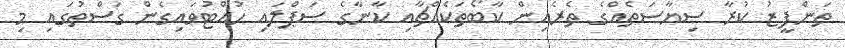
ތަންފީޒު ކުރާ ސިޔާސަތެއްގެ ތެރެއިން ކާބޯތަކެއްޗާއި ކާނާގެ ސަޕްލައި ހުއްޓުވައިގެން ގަސްތުގައި މި